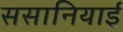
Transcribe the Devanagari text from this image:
ससानियाई